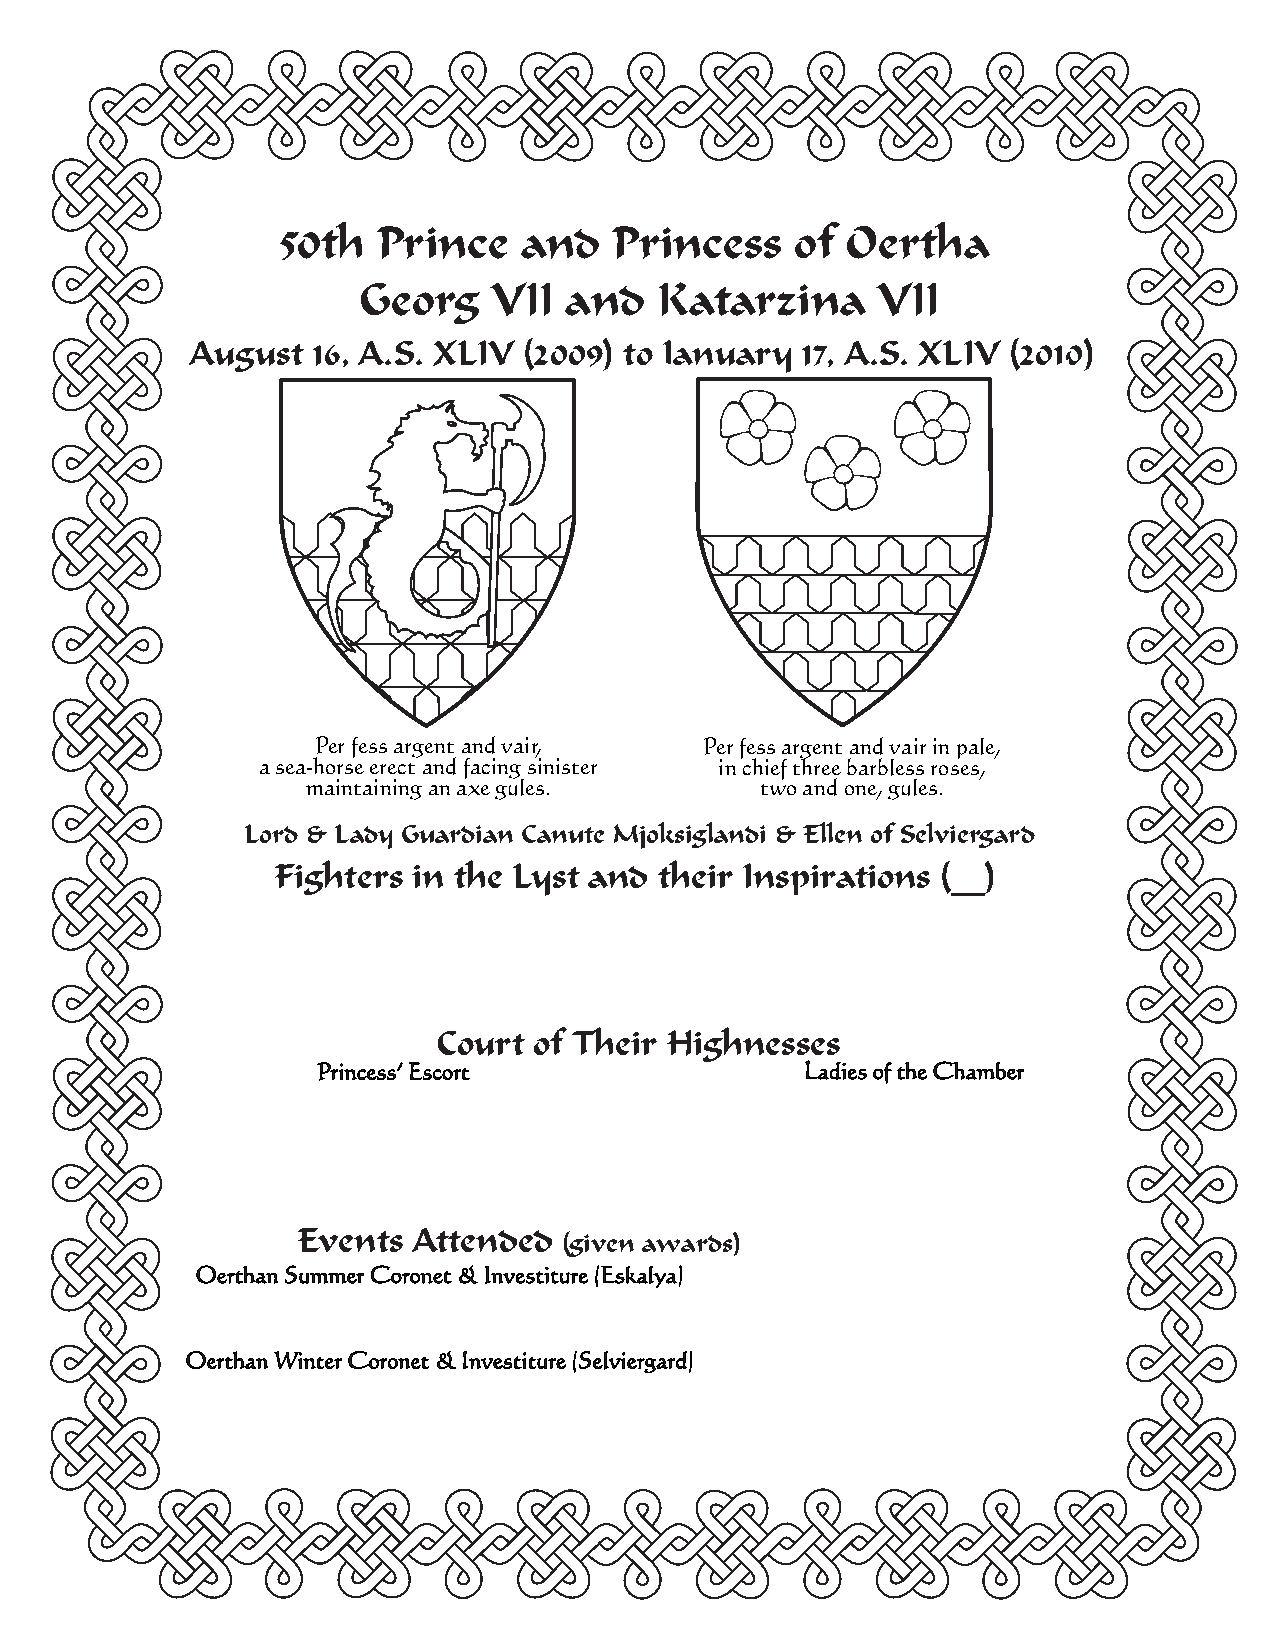
50th   Prince   and    Princess    of Oertha
 Georg    VII and   Katarzina      VII
 August  16, A.S. XLIV (2009) to January 17, A.S. XLIV (2010)
 Per fess argent and vair, Per fess argent and vair in pale,
 a sea-horse erect and facing sinister in chief three barbless roses,
 maintaining an axe gules.     two and one, gules.
 Lord & Lady Guardian Canute Mjoksiglandi & Ellen of Selviergard
 Fighters in the Lyst and  their Inspirations (__)
 CCoouurrtt ooff TThheeiirr HHiigghhnneesssseess
 Princess’ Escort                Ladies of the Chamber
 Events Attended
 (given awards)
 Oerthan Summer Coronet & Investiture (Eskalya)
 Oerthan Winter Coronet & Investiture (Selviergard)